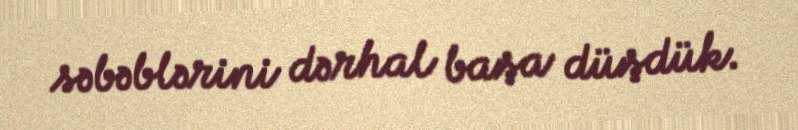
səbəblərini dərhal başa düşdük.